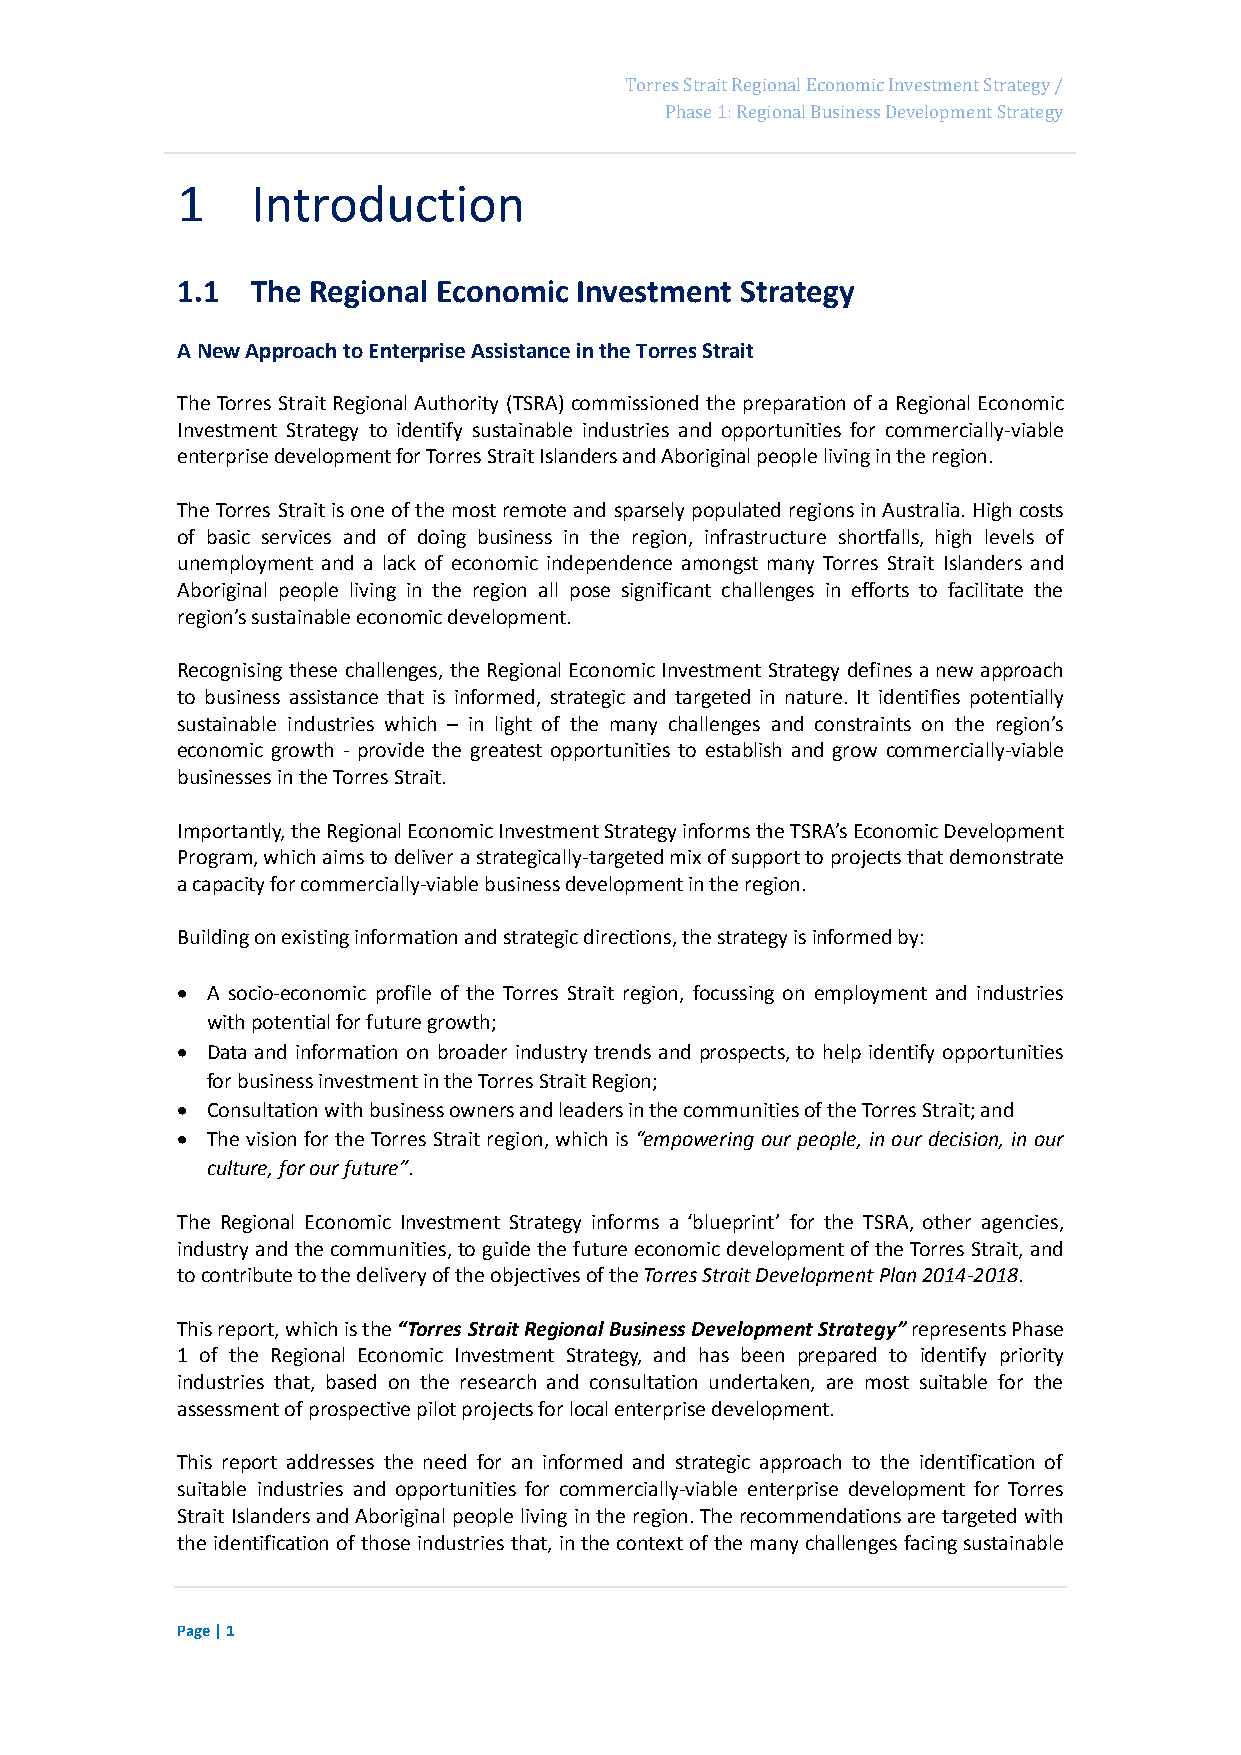
Page 17
 Torres Strait Regional Economic Investment Strategy /
 Phase 1: Regional Business Development Strategy
 1    Introduction
 1.1  The Regional Economic Investment Strategy
 A New Approach to Enterprise Assistance in the Torres Strait
 The Torres Strait Regional Authority (TSRA) commissioned the preparation of a Regional Economic
 Investment Strategy to identify sustainable industries and opportunities for commercially-viable
 enterprise development for Torres Strait Islanders and Aboriginal people living in the region.
 The Torres Strait is one of the most remote and sparsely populated regions in Australia. High costs
 of basic services and of doing business in the region, infrastructure shortfalls, high levels of
 unemployment and a lack of economic independence amongst many Torres Strait Islanders and
 Aboriginal people living in the region all pose significant challenges in efforts to facilitate the
 region’s sustainable economic development.
 Recognising these challenges, the Regional Economic Investment Strategy defines a new approach
 to business assistance that is informed, strategic and targeted in nature. It identifies potentially
 sustainable industries which – in light of the many challenges and constraints on the region’s
 economic growth - provide the greatest opportunities to establish and grow commercially-viable
 businesses in the Torres Strait.
 Importantly, the Regional Economic Investment Strategy informs the TSRA’s Economic Development
 Program, which aims to deliver a strategically-targeted mix of support to projects that demonstrate
 a capacity for commercially-viable business development in the region.
 Building on existing information and strategic directions, the strategy is informed by:
  A socio-economic profile of the Torres Strait region, focussing on employment and industries
 with potential for future growth;
  Data and information on broader industry trends and prospects, to help identify opportunities
 for business investment in the Torres Strait Region;
  Consultation with business owners and leaders in the communities of the Torres Strait; and
  The vision for the Torres Strait region, which is “empowering our people, in our decision, in our
 culture, for our future”.
 The Regional Economic Investment Strategy informs a ‘blueprint’ for the TSRA, other agencies,
 industry and the communities, to guide the future economic development of the Torres Strait, and
 to contribute to the delivery of the objectives of the Torres Strait Development Plan 2014-2018.
 This report, which is the “Torres Strait Regional Business Development Strategy” represents Phase
 1 of the Regional Economic Investment Strategy, and has been prepared to identify priority
 industries that, based on the research and consultation undertaken, are most suitable for the
 assessment of prospective pilot projects for local enterprise development.
 This report addresses the need for an informed and strategic approach to the identification of
 suitable industries and opportunities for commercially-viable enterprise development for Torres
 Strait Islanders and Aboriginal people living in the region. The recommendations are targeted with
 the identification of those industries that, in the context of the many challenges facing sustainable
 Page | 1